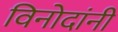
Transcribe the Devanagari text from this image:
विनोदांनी